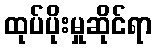
ထုပ်ပိုးမှုဆိုင်ရာ